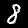
Label: 8